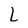
Character: l